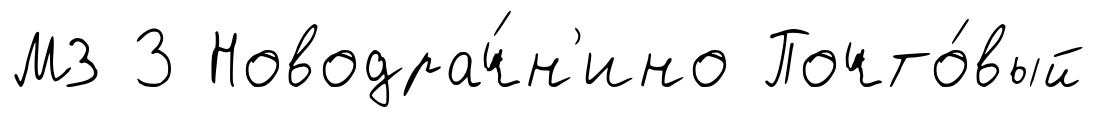
МЗ 3 Новодрач́н'ино Почто́вый